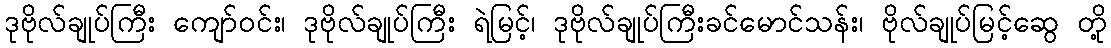
ဒုဗိုလ်ချုပ်ကြီး ကျော်ဝင်း၊ ဒုဗိုလ်ချုပ်ကြီး ရဲမြင့်၊ ဒုဗိုလ်ချုပ်ကြီးခင်မောင်သန်း၊ ဗိုလ်ချုပ်မြင့်ဆွေ တို့